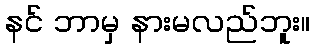
နင် ဘာမှ နားမလည်ဘူး။